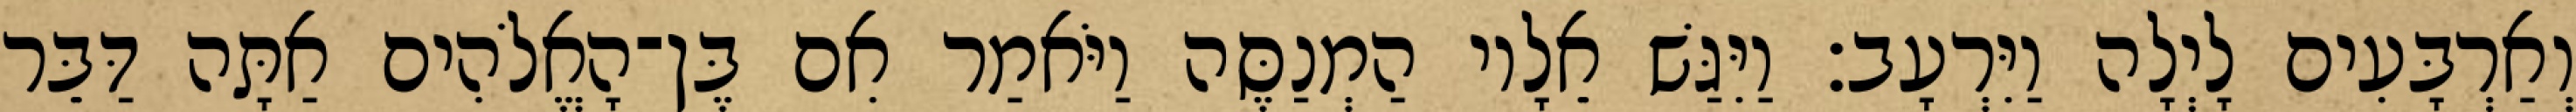
וְאַרְבָּעִים לָיְלָה וַיִּרְעָב׃ וַיִּגַּשׁ אֵלָיו הַמְנַסֶּה וַיֹּאמַר אִם בֶּן־הָאֱלֹהִים אַתָּה דַּבֵּר